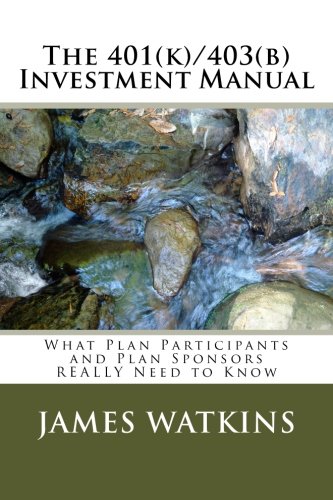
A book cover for The 401(k)/403(b) Investment Manual: What Plan Participants and Plan Sponsors REALLY Need to Know; Mr. James W. Watkins III; Business & Money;